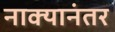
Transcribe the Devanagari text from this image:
नाक्यानंतर